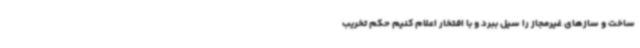
ساخت و سازهای غیرمجاز را سیل ببرد و با افتخار اعلام کنیم حکم تخریب